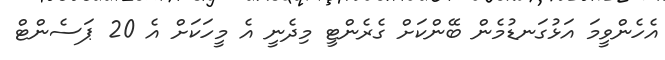
އެހެންވީމަ އަޅުގަނޑުމެން ބޭންކަށް ގެރެންޓީ މިދެނީ އެ މީހަކަށް އެ 20 ޕަސެންޓް